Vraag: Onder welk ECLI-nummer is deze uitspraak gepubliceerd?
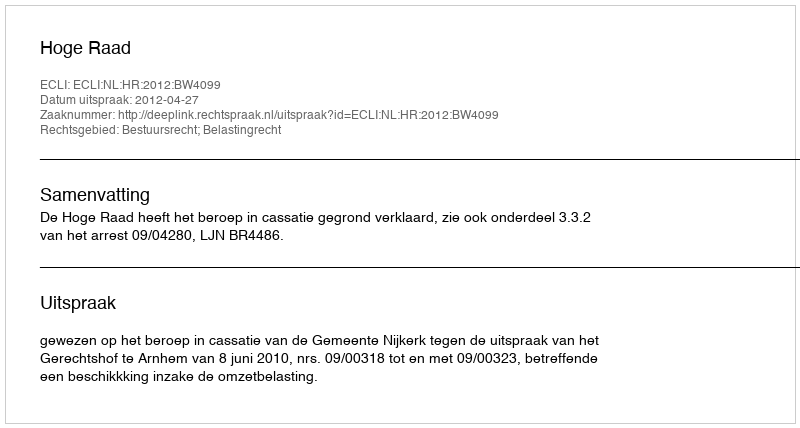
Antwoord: ECLI:NL:HR:2012:BW4099